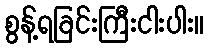
စွန့်ရခြင်းကြီးငါးပါး။